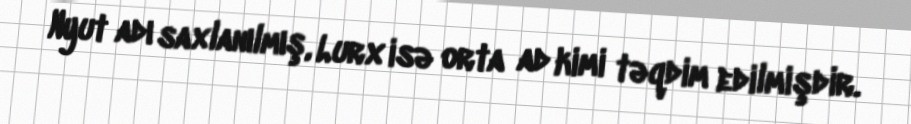
Nyut adı saxlanılmış, Lurx isə orta ad kimi təqdim edilmişdir.